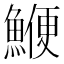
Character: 鯾